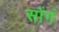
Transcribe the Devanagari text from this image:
सोंगं